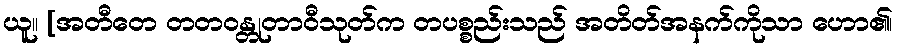
ယူ။ [အတီတေ တတဝန္တုတာဝီသုတ်က တပစ္စည်းသည် အတိတ်အနက်ကိုသာ ဟော၏၊